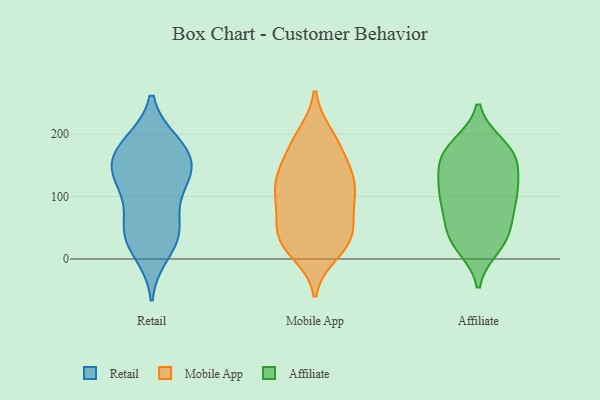
{"axis": {"x": "Customer Acquisition Cost (USD)", "y": "Value"}, "legend": ["Affiliate", "Mobile App", "Retail"], "data": [{"x": "", "y": 142, "type": "Retail"}, {"x": "", "y": 110, "type": "Retail"}, {"x": "", "y": 167, "type": "Retail"}, {"x": "", "y": 34, "type": "Retail"}, {"x": "", "y": 172, "type": "Retail"}, {"x": "", "y": 56, "type": "Retail"}, {"x": "", "y": 184, "type": "Retail"}, {"x": "", "y": 185, "type": "Retail"}, {"x": "", "y": 144, "type": "Retail"}, {"x": "", "y": 39, "type": "Retail"}, {"x": "", "y": 10, "type": "Retail"}, {"x": "", "y": 134, "type": "Retail"}, {"x": "", "y": 119, "type": "Retail"}, {"x": "", "y": 49, "type": "Retail"}, {"x": "", "y": 125, "type": "Mobile App"}, {"x": "", "y": 76, "type": "Mobile App"}, {"x": "", "y": 29, "type": "Mobile App"}, {"x": "", "y": 30, "type": "Mobile App"}, {"x": "", "y": 121, "type": "Mobile App"}, {"x": "", "y": 185, "type": "Mobile App"}, {"x": "", "y": 10, "type": "Mobile App"}, {"x": "", "y": 33, "type": "Mobile App"}, {"x": "", "y": 163, "type": "Mobile App"}, {"x": "", "y": 100, "type": "Mobile App"}, {"x": "", "y": 121, "type": "Mobile App"}, {"x": "", "y": 97, "type": "Mobile App"}, {"x": "", "y": 141, "type": "Mobile App"}, {"x": "", "y": 198, "type": "Mobile App"}, {"x": "", "y": 192, "type": "Mobile App"}, {"x": "", "y": 22, "type": "Mobile App"}, {"x": "", "y": 137, "type": "Mobile App"}, {"x": "", "y": 85, "type": "Mobile App"}, {"x": "", "y": 41, "type": "Mobile App"}, {"x": "", "y": 53, "type": "Mobile App"}, {"x": "", "y": 181, "type": "Affiliate"}, {"x": "", "y": 56, "type": "Affiliate"}, {"x": "", "y": 31, "type": "Affiliate"}, {"x": "", "y": 118, "type": "Affiliate"}, {"x": "", "y": 167, "type": "Affiliate"}, {"x": "", "y": 86, "type": "Affiliate"}, {"x": "", "y": 168, "type": "Affiliate"}, {"x": "", "y": 21, "type": "Affiliate"}, {"x": "", "y": 98, "type": "Affiliate"}, {"x": "", "y": 90, "type": "Affiliate"}, {"x": "", "y": 161, "type": "Affiliate"}, {"x": "", "y": 42, "type": "Affiliate"}, {"x": "", "y": 123, "type": "Affiliate"}, {"x": "", "y": 146, "type": "Affiliate"}, {"x": "", "y": 106, "type": "Affiliate"}, {"x": "", "y": 176, "type": "Affiliate"}, {"x": "", "y": 30, "type": "Affiliate"}]}